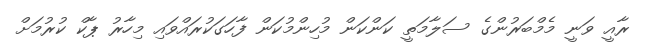
ރާއީ ވަނީ މެމްބަރުންގެ ސަލާމަތީ ކަންކަން މުހިންމުކަން ފާހަގަކުރައްވައި މިހާރު ޕާކް ކުރުމަށް